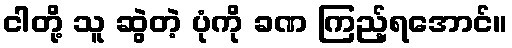
ငါတို့ သူ ဆွဲတဲ့ ပုံကို ခဏ ကြည့်ရအောင်။